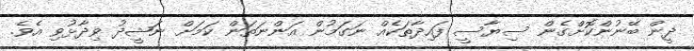
ދީން ބޭނުންކޮށްގެން ސިޔާސީ ފައިދާތަކެއް ނަގަމުން އަންނަތަން ކަމަށް ނަޝީދު ވިދާޅުވި އެވެ.